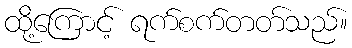
ထို့ကြောင့် ရက်စက်တတ်သည်။